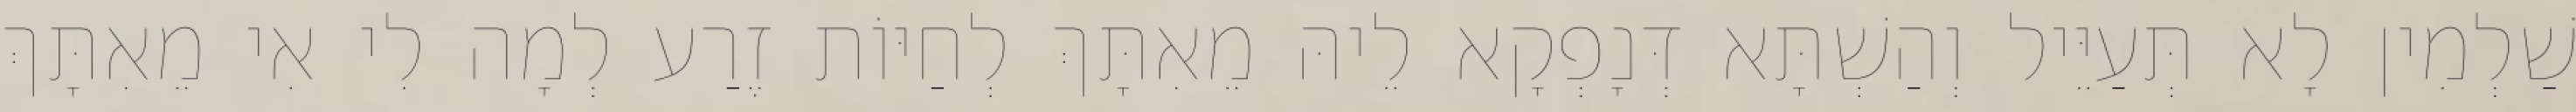
שַׁלְמִין לָא תְּעַיֵּיל וְהַשְׁתָּא דְּנָפְקָא לֵיהּ מֵאִתָּךְ לְחַיּוֹת זֶרַע לְמָה לִי אִי מֵאִתָּךְ